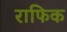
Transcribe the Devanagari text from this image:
राफिक